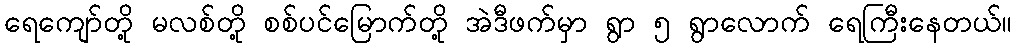
ရေကျော်တို့ မလစ်တို့ စစ်ပင်မြောက်တို့ အဲဒီဖက်မှာ ရွာ ၅ ရွာလောက် ရေကြီးနေတယ်။